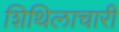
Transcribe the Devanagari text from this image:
शिथिलाचारी